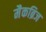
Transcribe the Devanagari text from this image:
मैकब्रिज